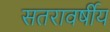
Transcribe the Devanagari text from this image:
सतरावर्षीय